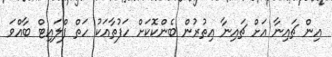
އިން ޗައިނާ އަށް ޗައިނާ އިތުރުން ބެންކޮކަށް ހަފުތާއަކު ހަތް ފްލައިޓް ބާއްވަ